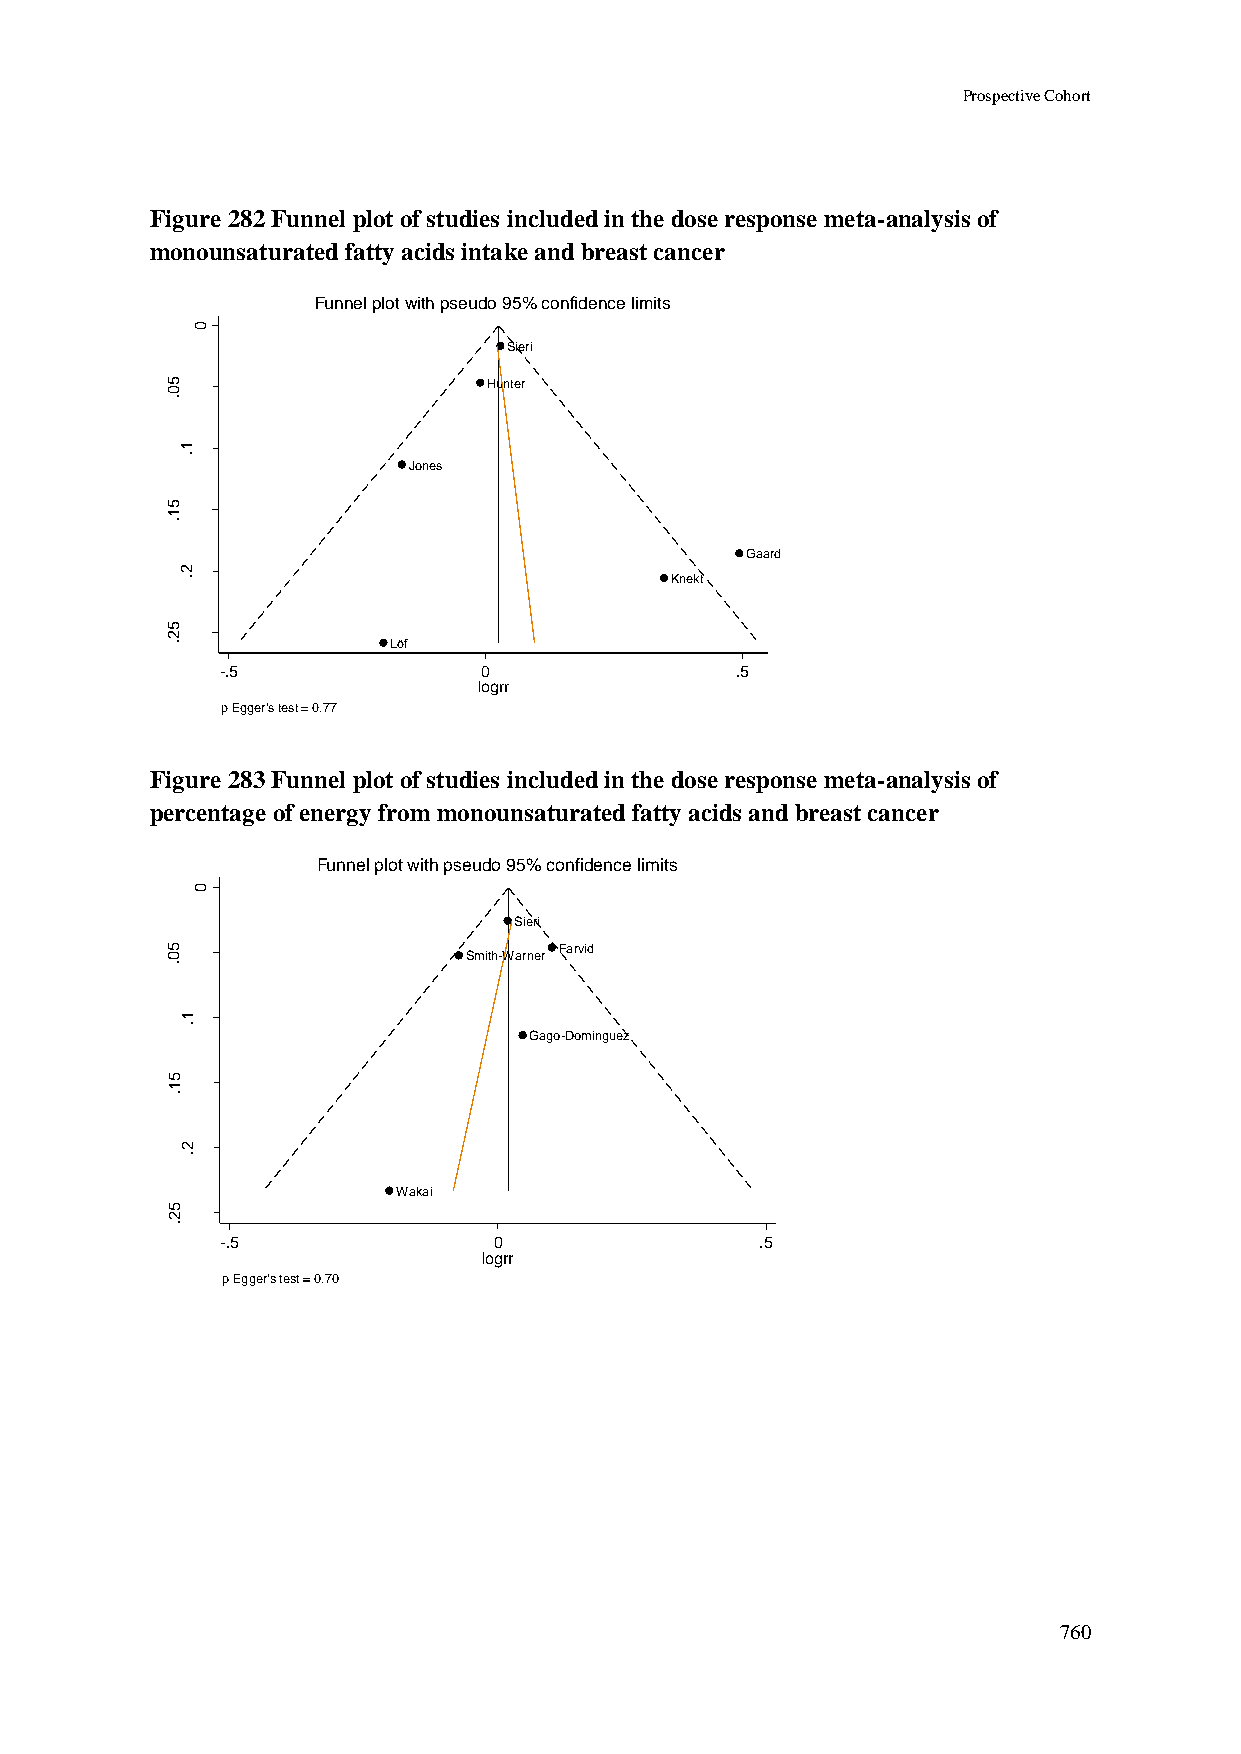
Prospective Cohort
 Figure 282 Funnel plot of studies included in the dose response meta-analysis of
 monounsaturated fatty acids intake and breast cancer
 Funnel plot with pseudo 95% confidence limits
 0
 Sieri
 5                    Hunter
 0
 .
 rrg
 o
 1 .
 Jones
 l
 fo
 .e
 .s
 5
 1 .
 Gaard
 2
 .                               Knekt
 5
 2
 .              Löf
 -.5              0                .5
 logrr
 p Egger's test = 0.77
 Figure 283 Funnel plot of studies included in the dose response meta-analysis of
 percentage of energy from monounsaturated fatty acids and breast cancer
 Funnel plot with pseudo 95% confidence limits
 0
 Sieri
 5                         Farvid
 0                   Smith-Warner
 .
 rrg    1
 .
 o                             Gago-Dominguez
 l
 fo
 .e
 5
 .s    1
 .
 2
 .
 Wakai
 5
 2
 .
 -.5               0                .5
 logrr
 p Egger's test = 0.70
 760